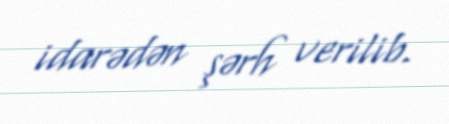
idarədən şərh verilib.